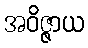
အဝိဇ္ဇာယ